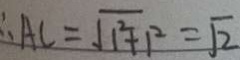
\therefore A C = \sqrt { 1 ^ { 2 } + 1 ^ { 2 } } = \sqrt { 2 }